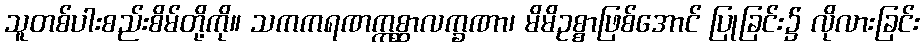
သူတစ်ပါးစည်းစိမ်တို့ကို။ သကကရဏဣစ္ဆာလက္ခဏာ၊ မိမိဥစ္စာဖြစ်အောင် ပြုခြင်း၌ လိုလားခြင်း